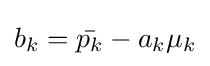
b_{k}={\bar {p_{k}}}-a_{k}\mu _{k}